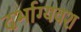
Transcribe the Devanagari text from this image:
दर्भाग्यवश